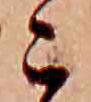
こ